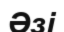
Әзі